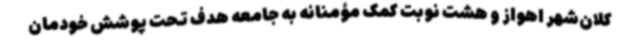
کلان‌شهر اهواز و هشت نوبت کمک مؤمنانه به جامعه هدف تحت پوشش خودمان